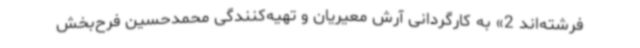
فرشته‌اند 2» به کارگردانی آرش معیریان و تهیه‌کنندگی محمدحسین فرح‌بخش